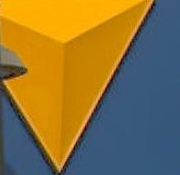
7